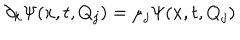
LaTeX: \partial _ { k } \Psi ( x , t , Q _ { j } ) = \mu _ { j } \Psi ( x , t , Q _ { j } )